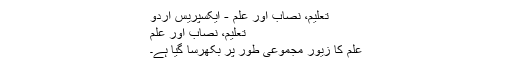
تعلیم، نصاب اور علم - ایکسپریس اردو
تعلیم، نصاب اور علم
علم کا زیور مجموعی طور پر بکھرسا گیا ہے۔